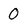
Character: 0